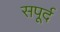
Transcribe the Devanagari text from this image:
सपूर्द